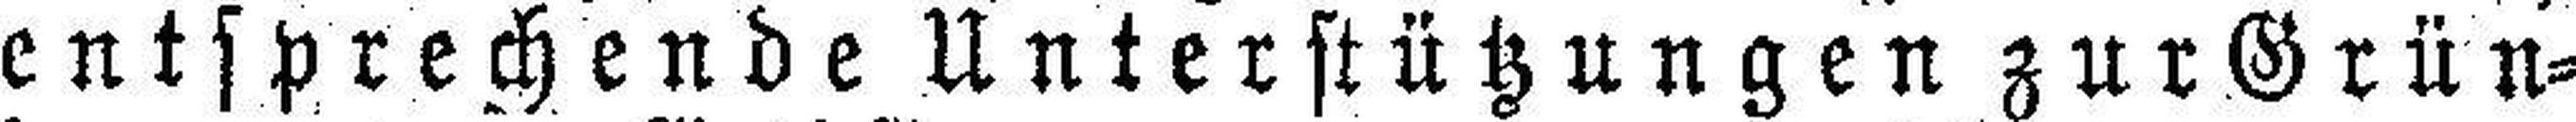
entsprechende Unterstützungen zur Grün¬